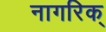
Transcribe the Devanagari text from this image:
नागरिक्